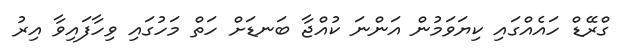
ގްރޭޑް ހައެއްގައި ކިޔަވަމުން އަންނަ ކުއްޖާ ބަނޑަށް ހަތް މަހުގައި ވިހާފައިވާ އިރު